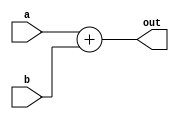
module adder(a,b,out);
input [31:0]  a,b;
output [31:0] out;
assign out=a+b;
endmodule